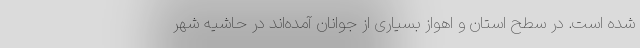
شده است. در سطح استان و اهواز بسیاری از جوانان آمده‌اند در حاشیه شهر